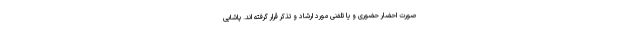
صورت احضار حضوری و یا تلفنی مورد ارشاد و تذکر قرار گرفته اند. پاشایی